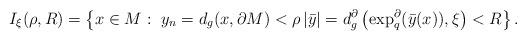
LaTeX: \begin{align*}I_{\xi}(\rho,R)=\left\{ x\in M:\ y_{n}=d_{g}(x,\partial M)<\rho\left\vert \bar{y}\right\vert =d_{g}^{\partial}\left(\exp_{q}^{\partial}(\bar{y}(x)),\xi\right)<R\right\} .\end{align*}